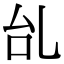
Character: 乨